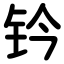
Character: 钤